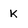
Character: K